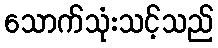
သောက်သုံးသင့်သည်